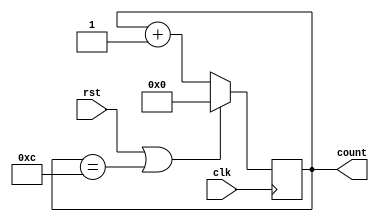
module counter(clk,rst,count);
  input clk,rst;
  output reg [3:0]count;
  always@(posedge clk) begin
    if(rst == 1 || count == 12)
      count <= 0;
    else
      count <= count + 1;
  end
endmodule